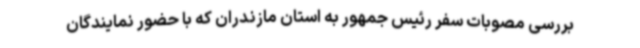
بررسی مصوبات سفر رئیس جمهور به استان مازندران که با حضور نمایندگان